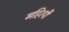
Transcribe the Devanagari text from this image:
महिरपी